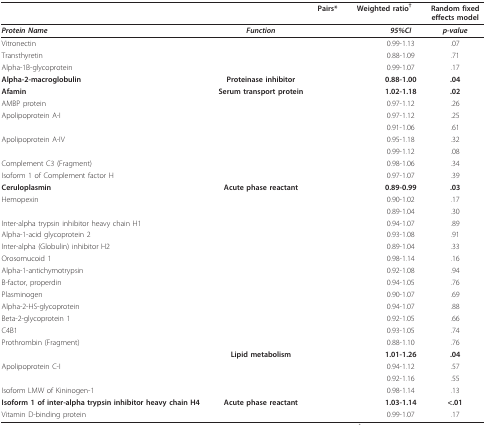
<table><thead><tr><td>[EMPTY_CELL]</td><td>[EMPTY_CELL]</td><td><b>Pairs*</b></td><td colspan="2"><b>Weighted ratio<sup>†</sup></b></td><td><b>Random fixedeffects model</b></td></tr></thead><tbody><tr><td><i><b>Protein Name</b></i></td><td><i><b>Function</b></i></td><td>[EMPTY_CELL]</td><td>[EMPTY_CELL]</td><td><i><b>95%CI</b></i></td><td><i><b>p-value</b></i></td></tr><tr><td>Vitronectin</td><td>[EMPTY_CELL]</td><td>[EMPTY_CELL]</td><td>[EMPTY_CELL]</td><td>0.99-1.13</td><td>.07</td></tr><tr><td>Transthyretin</td><td>[EMPTY_CELL]</td><td>[EMPTY_CELL]</td><td>[EMPTY_CELL]</td><td>0.88-1.09</td><td>.71</td></tr><tr><td>Alpha-1B-glycoprotein</td><td>[EMPTY_CELL]</td><td>[EMPTY_CELL]</td><td>[EMPTY_CELL]</td><td>0.99-1.07</td><td>.17</td></tr><tr><td><b>Alpha-2-macroglobulin</b></td><td><b>Proteinase inhibitor</b></td><td>[EMPTY_CELL]</td><td>[EMPTY_CELL]</td><td><b>0.88-1.00</b></td><td><b>.04</b></td></tr><tr><td><b>Afamin</b></td><td><b>Serum transport protein</b></td><td>[EMPTY_CELL]</td><td>[EMPTY_CELL]</td><td><b>1.02-1.18</b></td><td><b>.02</b></td></tr><tr><td>AMBP protein</td><td>[EMPTY_CELL]</td><td>[EMPTY_CELL]</td><td>[EMPTY_CELL]</td><td>0.97-1.12</td><td>.26</td></tr><tr><td>Apolipoprotein A-I</td><td>[EMPTY_CELL]</td><td>[EMPTY_CELL]</td><td>[EMPTY_CELL]</td><td>0.97-1.12</td><td>.25</td></tr><tr><td>[EMPTY_CELL]</td><td>[EMPTY_CELL]</td><td>[EMPTY_CELL]</td><td>[EMPTY_CELL]</td><td>0.91-1.06</td><td>.61</td></tr><tr><td>Apolipoprotein A-IV</td><td>[EMPTY_CELL]</td><td>[EMPTY_CELL]</td><td>[EMPTY_CELL]</td><td>0.95-1.18</td><td>.32</td></tr><tr><td>[EMPTY_CELL]</td><td>[EMPTY_CELL]</td><td>[EMPTY_CELL]</td><td>[EMPTY_CELL]</td><td>0.99-1.12</td><td>.08</td></tr><tr><td>Complement C3 (Fragment)</td><td>[EMPTY_CELL]</td><td>[EMPTY_CELL]</td><td>[EMPTY_CELL]</td><td>0.98-1.06</td><td>.34</td></tr><tr><td>Isoform 1 of Complement factor H</td><td>[EMPTY_CELL]</td><td>[EMPTY_CELL]</td><td>[EMPTY_CELL]</td><td>0.97-1.07</td><td>.39</td></tr><tr><td><b>Ceruloplasmin</b></td><td><b>Acute phase reactant</b></td><td>[EMPTY_CELL]</td><td>[EMPTY_CELL]</td><td><b>0.89-0.99</b></td><td><b>.03</b></td></tr><tr><td>Hemopexin</td><td>[EMPTY_CELL]</td><td>[EMPTY_CELL]</td><td>[EMPTY_CELL]</td><td>0.90-1.02</td><td>.17</td></tr><tr><td>[EMPTY_CELL]</td><td>[EMPTY_CELL]</td><td>[EMPTY_CELL]</td><td>[EMPTY_CELL]</td><td>0.89-1.04</td><td>.30</td></tr><tr><td>Inter-alpha trypsin inhibitor heavy chain H1</td><td>[EMPTY_CELL]</td><td>[EMPTY_CELL]</td><td>[EMPTY_CELL]</td><td>0.94-1.07</td><td>.89</td></tr><tr><td>Alpha-1-acid glycoprotein 2</td><td>[EMPTY_CELL]</td><td>[EMPTY_CELL]</td><td>[EMPTY_CELL]</td><td>0.93-1.08</td><td>.91</td></tr><tr><td>Inter-alpha (Globulin) inhibitor H2</td><td>[EMPTY_CELL]</td><td>[EMPTY_CELL]</td><td>[EMPTY_CELL]</td><td>0.89-1.04</td><td>.33</td></tr><tr><td>Orosomucoid 1</td><td>[EMPTY_CELL]</td><td>[EMPTY_CELL]</td><td>[EMPTY_CELL]</td><td>0.98-1.14</td><td>.16</td></tr><tr><td>Alpha-1-antichymotrypsin</td><td>[EMPTY_CELL]</td><td>[EMPTY_CELL]</td><td>[EMPTY_CELL]</td><td>0.92-1.08</td><td>.94</td></tr><tr><td>B-factor, properdin</td><td>[EMPTY_CELL]</td><td>[EMPTY_CELL]</td><td>[EMPTY_CELL]</td><td>0.94-1.05</td><td>.76</td></tr><tr><td>Plasminogen</td><td>[EMPTY_CELL]</td><td>[EMPTY_CELL]</td><td>[EMPTY_CELL]</td><td>0.90-1.07</td><td>.69</td></tr><tr><td>Alpha-2-HS-glycoprotein</td><td>[EMPTY_CELL]</td><td>[EMPTY_CELL]</td><td>[EMPTY_CELL]</td><td>0.94-1.07</td><td>.88</td></tr><tr><td>Beta-2-glycoprotein 1</td><td>[EMPTY_CELL]</td><td>[EMPTY_CELL]</td><td>[EMPTY_CELL]</td><td>0.92-1.05</td><td>.66</td></tr><tr><td>C4B1</td><td>[EMPTY_CELL]</td><td>[EMPTY_CELL]</td><td>[EMPTY_CELL]</td><td>0.93-1.05</td><td>.74</td></tr><tr><td>Prothrombin (Fragment)</td><td>[EMPTY_CELL]</td><td>[EMPTY_CELL]</td><td>[EMPTY_CELL]</td><td>0.88-1.10</td><td>.76</td></tr><tr><td>[EMPTY_CELL]</td><td><b>Lipid metabolism</b></td><td>[EMPTY_CELL]</td><td>[EMPTY_CELL]</td><td><b>1.01-1.26</b></td><td><b>.04</b></td></tr><tr><td>Apolipoprotein C-I</td><td>[EMPTY_CELL]</td><td>[EMPTY_CELL]</td><td>[EMPTY_CELL]</td><td>0.94-1.12</td><td>.57</td></tr><tr><td>[EMPTY_CELL]</td><td>[EMPTY_CELL]</td><td>[EMPTY_CELL]</td><td>[EMPTY_CELL]</td><td>0.92-1.16</td><td>.55</td></tr><tr><td>Isoform LMW of Kininogen-1</td><td>[EMPTY_CELL]</td><td>[EMPTY_CELL]</td><td>[EMPTY_CELL]</td><td>0.98-1.14</td><td>.13</td></tr><tr><td><b>Isoform 1 of inter-alpha trypsin inhibitor heavy chain H4</b></td><td><b>Acute phase reactant</b></td><td>[EMPTY_CELL]</td><td>[EMPTY_CELL]</td><td><b>1.03-1.14</b></td><td><b>&lt;.01</b></td></tr><tr><td>Vitamin D-binding protein</td><td>[EMPTY_CELL]</td><td>[EMPTY_CELL]</td><td>[EMPTY_CELL]</td><td>0.99-1.07</td><td>.17</td></tr></tbody></table>